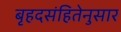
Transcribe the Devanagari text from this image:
बृहदसंहितेनुसार